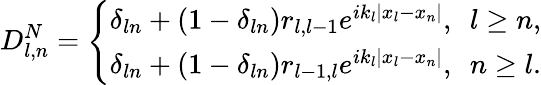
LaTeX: D_{l,n}^{N}=\left\{ \begin{array}{ll}{\delta_{ln}+(1-\delta_{ln})r_{l,l-1}e^{ik_{l}|x_{l}-x_{n}|},\ \ l\ge n,}\\ {\delta_{ln}+(1-\delta_{ln})r_{l-1,l}e^{ik_{l}|x_{l}-x_{n}|},\ \ n\ge l.}\end{array}\right.